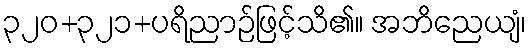
၃၂၀+၃၂၁+ပရိညာဉ်ဖြင့်သိ၏။ အဘိညေယျံ၊